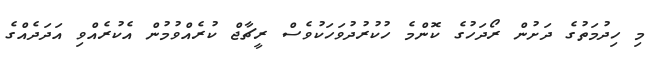
މި ހިދުމަތުގެ ދަށުން ރޯދަަހުގެ ކޮންމެ ހުކުރުދުވަހަކުވެސް ރީޗާޖް ކުރެއްވުމުން އެކުރެއްވި އަދަދެއްގެ